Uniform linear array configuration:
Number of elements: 4
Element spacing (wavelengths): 0.75
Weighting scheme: hamming
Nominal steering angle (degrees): -15
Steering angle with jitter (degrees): -13.982
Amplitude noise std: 0.05
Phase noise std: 0.05

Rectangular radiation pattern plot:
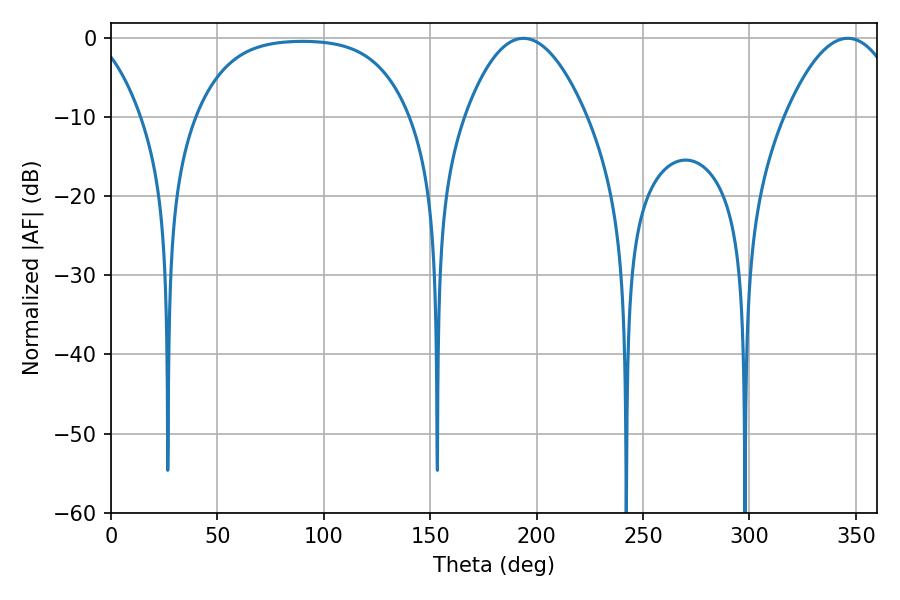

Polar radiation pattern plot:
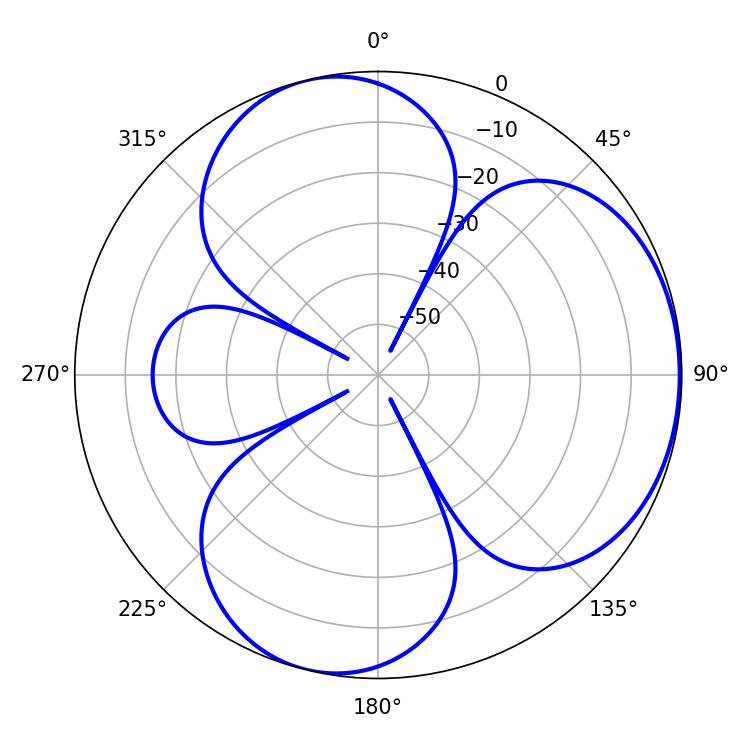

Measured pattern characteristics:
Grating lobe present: TRUE
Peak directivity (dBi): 4.494
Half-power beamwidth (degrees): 31.5
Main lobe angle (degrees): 193.86